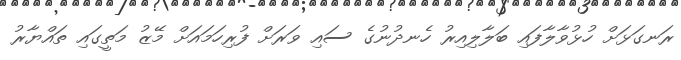
ރަނގަޅަށް ހުޅުވާލާފައި ބަލާލިއިރު ހެނދުނުގެ ސައި ވަރަށް ފުރިހަމައަށް މޭޒު މަތީގައި ތައްޔާރު